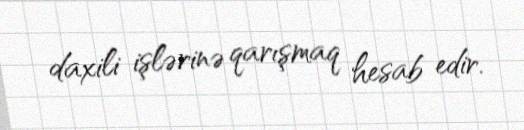
daxili işlərinə qarışmaq hesab edir.